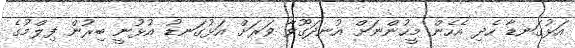
އަޅުގަނޑާ ހެދި އެހެން މީހުންނަށް އުނދަގޫވާ ވަރަށް އަޅުގަނޑު އުޅުނީ ބިރުން ފިލްމުގެ